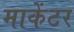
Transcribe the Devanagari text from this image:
माकेंटर